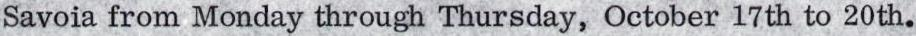
Savoia from Monday through Thursday, October 17th to 20th.